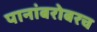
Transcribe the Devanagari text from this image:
पानांबरोबरच